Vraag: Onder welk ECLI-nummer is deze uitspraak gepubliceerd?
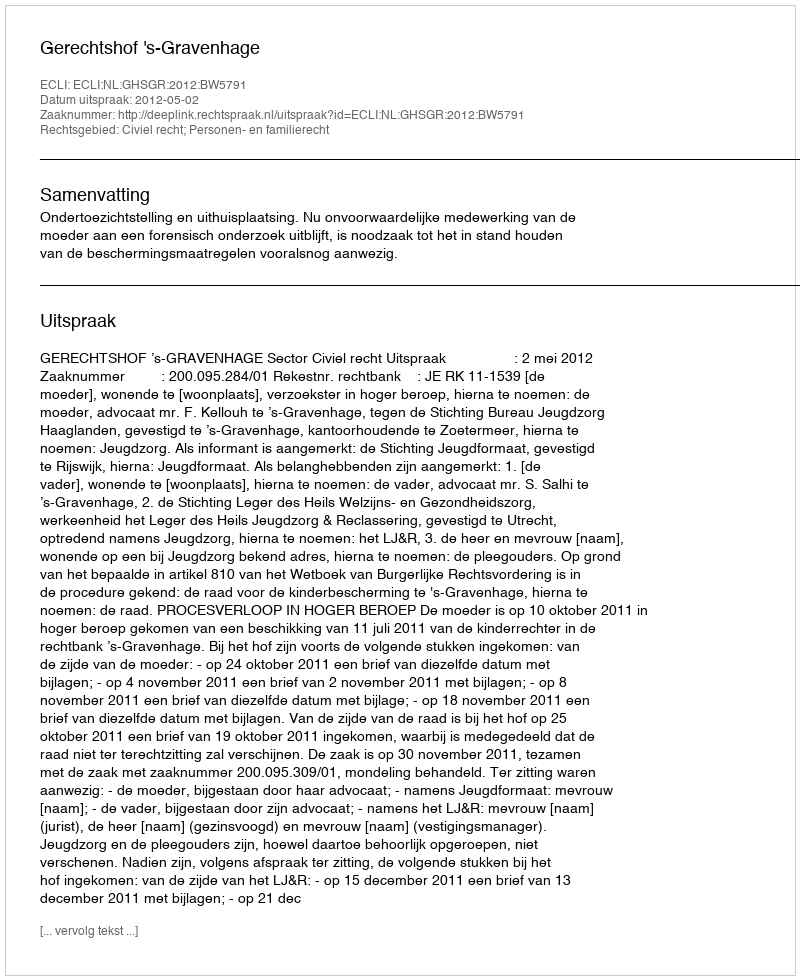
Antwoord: ECLI:NL:GHSGR:2012:BW5791